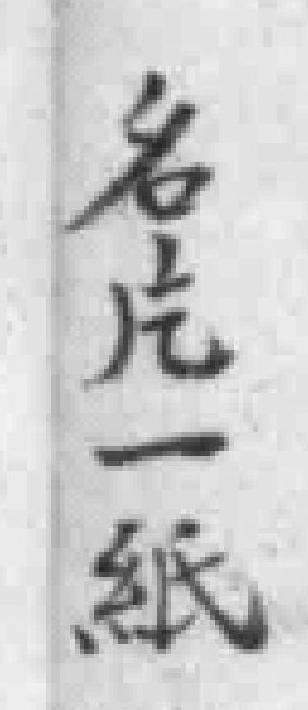
名片一紙